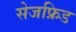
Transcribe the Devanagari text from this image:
सेजफ्रिड